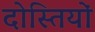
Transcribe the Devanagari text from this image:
दोस्तियों